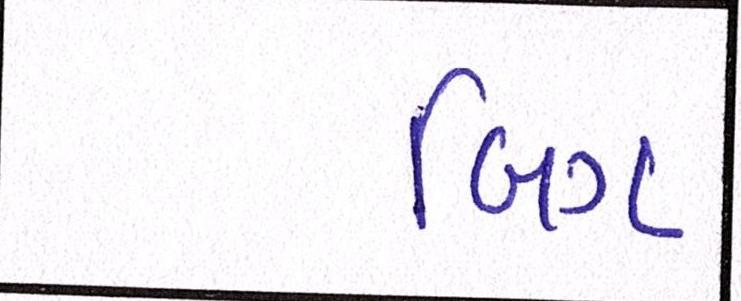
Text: બિગ